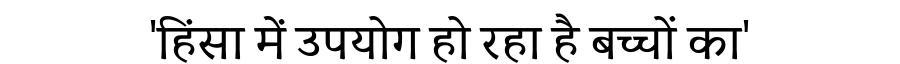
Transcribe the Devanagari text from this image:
'हिंसा में उपयोग हो रहा है बच्चों का'